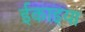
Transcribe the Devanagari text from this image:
ईकाइया